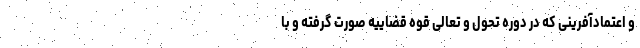
و اعتمادآفرینی که در دوره تحول و تعالی قوه قضاییه صورت گرفته و با